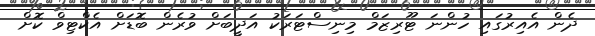
ދެން އެއިރުގައި ހުންނަ ޓޫރިޒަމް މިނިސްޓަރަކު އަދީބަށް ވުރެން ބޮޑަށް އެކްޓިވް ކޮށް